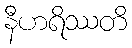
နီဟရိဿတိ